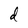
Character: d